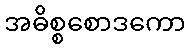
အဓိစ္စစောဒကော